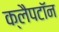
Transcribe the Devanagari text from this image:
क्लैपटॉन